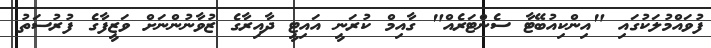
ފުވައްމުލަކުގައި "އިންކިއުބޭޓާ ސެންޓަރެއް" ގާއިމް ކުރަނީ އައިޓީ ދާއިރާގެ ޒުވާނުންނަށް ވަޒީފާގެ ފުރުސަތު